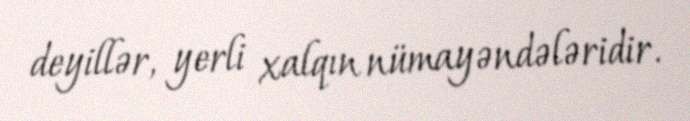
deyillər, yerli xalqın nümayəndələridir.